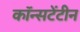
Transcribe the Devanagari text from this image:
कॉन्सटेंटीन